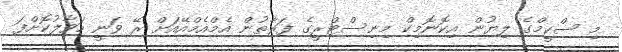
މި ސްކީމްގެ ލިޔުން އިކޮނޮމިކް މިނިސްޓްރީގެ ފަރާތުން އެމްއެމްއޭއަށް ރޭ ވަނީ ހަވާލުކޮށްފަ